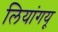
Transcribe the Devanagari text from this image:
लियांगयू